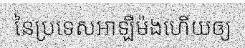
នៃប្រទេសអាឡឺម៉ងហើយឲ្យ